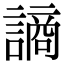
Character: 謪